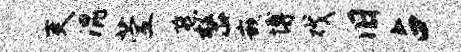
吏混萱燕整嵌博戏旧占